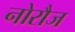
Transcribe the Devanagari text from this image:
नोरौज